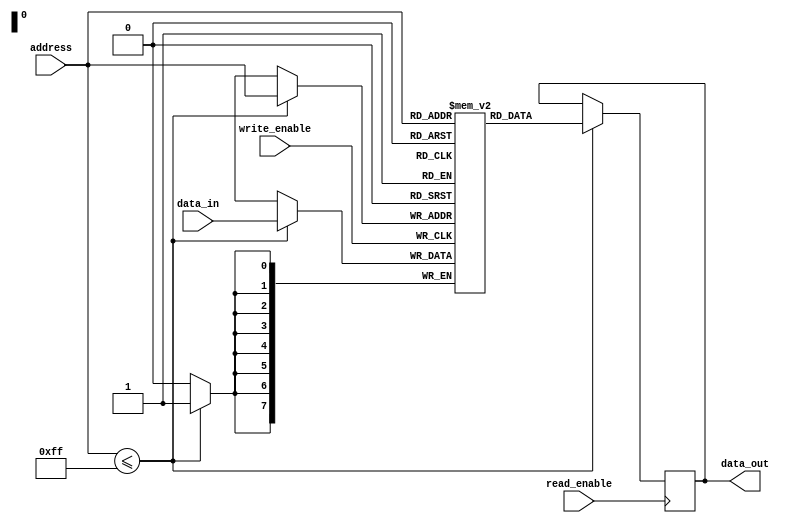
module single_port_register_file(
    input wire [7:0] address,
    input wire [7:0] data_in,
    input wire write_enable,
    input wire read_enable,
    output reg [7:0] data_out
);

reg [7:0] registers [0:255];

always @ (posedge write_enable)
begin
    if (address <= 255)
        registers[address] <= data_in;
end

always @ (posedge read_enable)
begin
    if (address <= 255)
        data_out <= registers[address];
end

endmodule